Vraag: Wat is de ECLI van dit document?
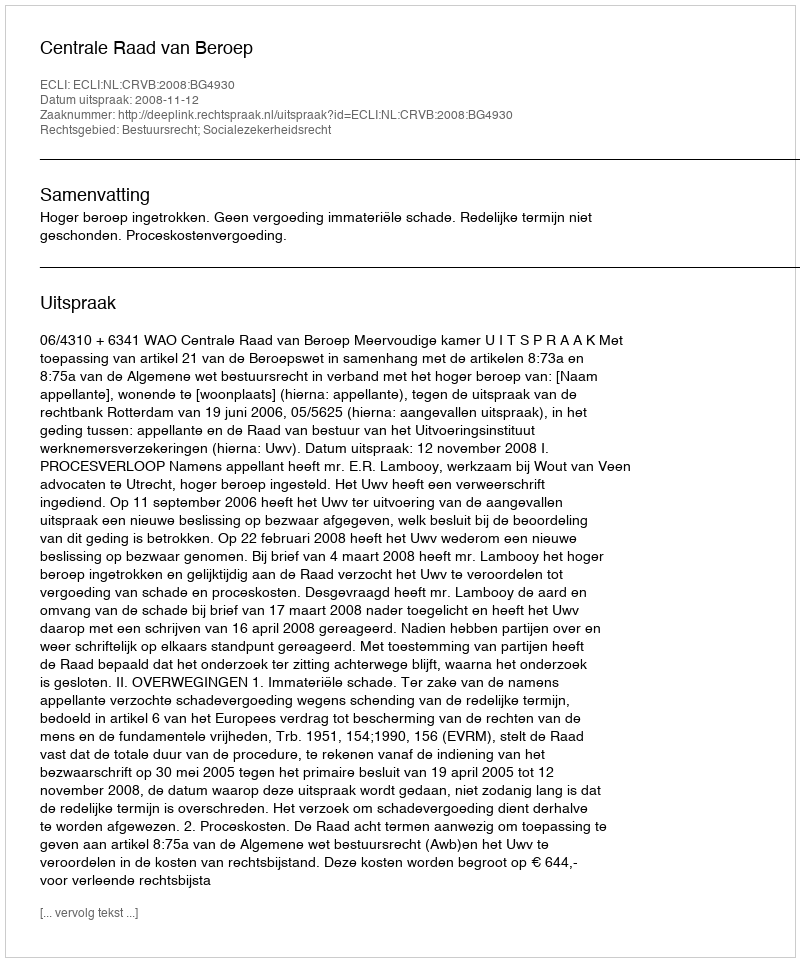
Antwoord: ECLI:NL:CRVB:2008:BG4930